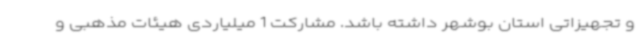
و تجهیزاتی استان بوشهر داشته باشد. مشارکت 1 میلیاردی هیئات مذهبی و